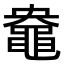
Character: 𪓛